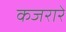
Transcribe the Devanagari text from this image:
कजरारे